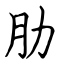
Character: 肋